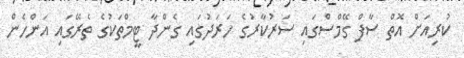
ކުރިއަށް އޮތް ސާފް ގޭމްސްގައި ސަރުކާރުގެ ހަރަދުގައި ގެންދާ ޓީމްތަކުގެ ތެރޭގައި އަންހެން